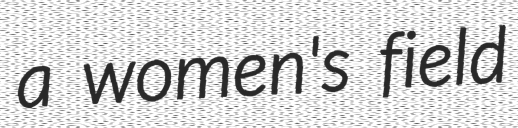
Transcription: a women's field